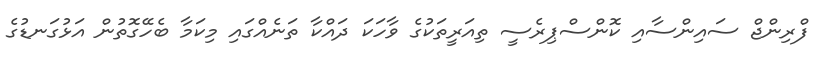
ފްރިންޖް ސައިންސާއި ކޮންސްޕިރެސީ ތިއަރީތަކުގެ ވާހަކަ ދައްކާ ތަނެއްގައި މިކަމާ ބެހޭގޮތުން އަޅުގަނޑުގެ